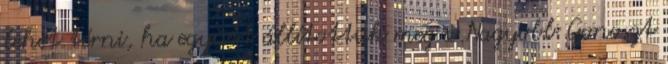
lehet térni, ha együtt állítottuk meg a Nagyobb Gonoszt